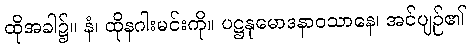
ထိုအခါ၌။ နံ၊ ထိုနဂါးမင်းကို။ ပဋ္ဌနုမောဒနာဝသာနေ၊ အင်ပျဉ်၏